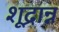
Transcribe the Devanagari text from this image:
शूद्रान्न